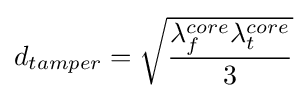
d_{tamper}={\sqrt {\frac {\lambda _{f}^{core}\lambda _{t}^{core}}{3}}}